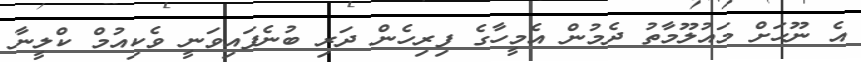
އެ ނޫހަށް މައުލޫމާތު ދެމުން އެމީހާގެ ފިރިހެން ދަރި ބުނެފައިވަނީ ވެކިއުމް ކްލީނާ